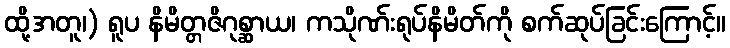
ထို့အတူ၊) ရူပ နိမိတ္တဇိဂုစ္ဆာယ၊ ကသိုဏ်းရုပ်နိမိတ်ကို စက်ဆုပ်ခြင်းကြောင့်။